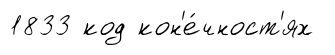
1833 код кон'е́чност'ях